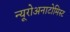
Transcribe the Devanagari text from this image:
न्यूरोअनाटोमिस्ट